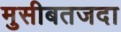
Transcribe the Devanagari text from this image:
मुसीबतजदा